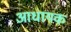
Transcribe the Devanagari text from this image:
आधायक